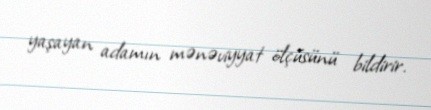
yaşayan adamın mənəviyyat ölçüsünü bildirir.